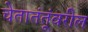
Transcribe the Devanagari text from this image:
चेतातंतूंवरील